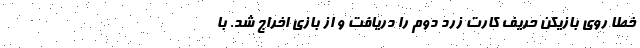
خطا روی بازیکن حریف کارت زرد دوم را دریافت و از بازی اخراج شد. با